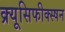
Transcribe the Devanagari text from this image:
क्र्यूसिफीक्स्षन